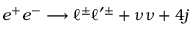
e ^ { + } e ^ { - } \longrightarrow \ell ^ { \pm } \ell ^ { \prime \pm } + \nu \nu + 4 j